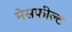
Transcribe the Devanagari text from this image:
मेसफील्ट